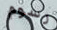
رسوم